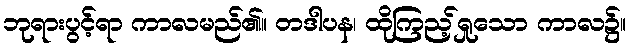
ဘုရားပွင့်ရာ ကာလမည်၏။ တဒါပန၊ ထိုကြည့်ရှုသော ကာလ၌။